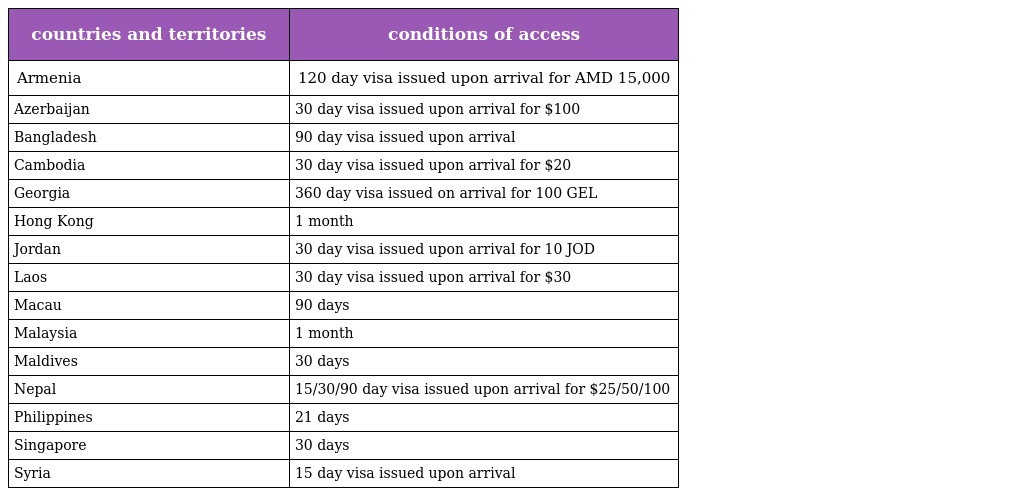
| countries and territories | conditions of access |
 | --- | --- |
 | Armenia | 120 day visa issued upon arrival for AMD 15,000 |
 | Azerbaijan | 30 day visa issued upon arrival for $100 |
 | Bangladesh | 90 day visa issued upon arrival |
 | Cambodia | 30 day visa issued upon arrival for $20 |
 | Georgia | 360 day visa issued on arrival for 100 GEL |
 | Hong Kong | 1 month |
 | Jordan | 30 day visa issued upon arrival for 10 JOD |
 | Laos | 30 day visa issued upon arrival for $30 |
 | Macau | 90 days |
 | Malaysia | 1 month |
 | Maldives | 30 days |
 | Nepal | 15/30/90 day visa issued upon arrival for $25/50/100 |
 | Philippines | 21 days |
 | Singapore | 30 days |
 | Syria | 15 day visa issued upon arrival |